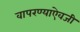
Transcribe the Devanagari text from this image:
वापरण्याऐवजी